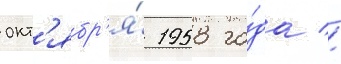
окт'ябр'я́ 1958 го́да //